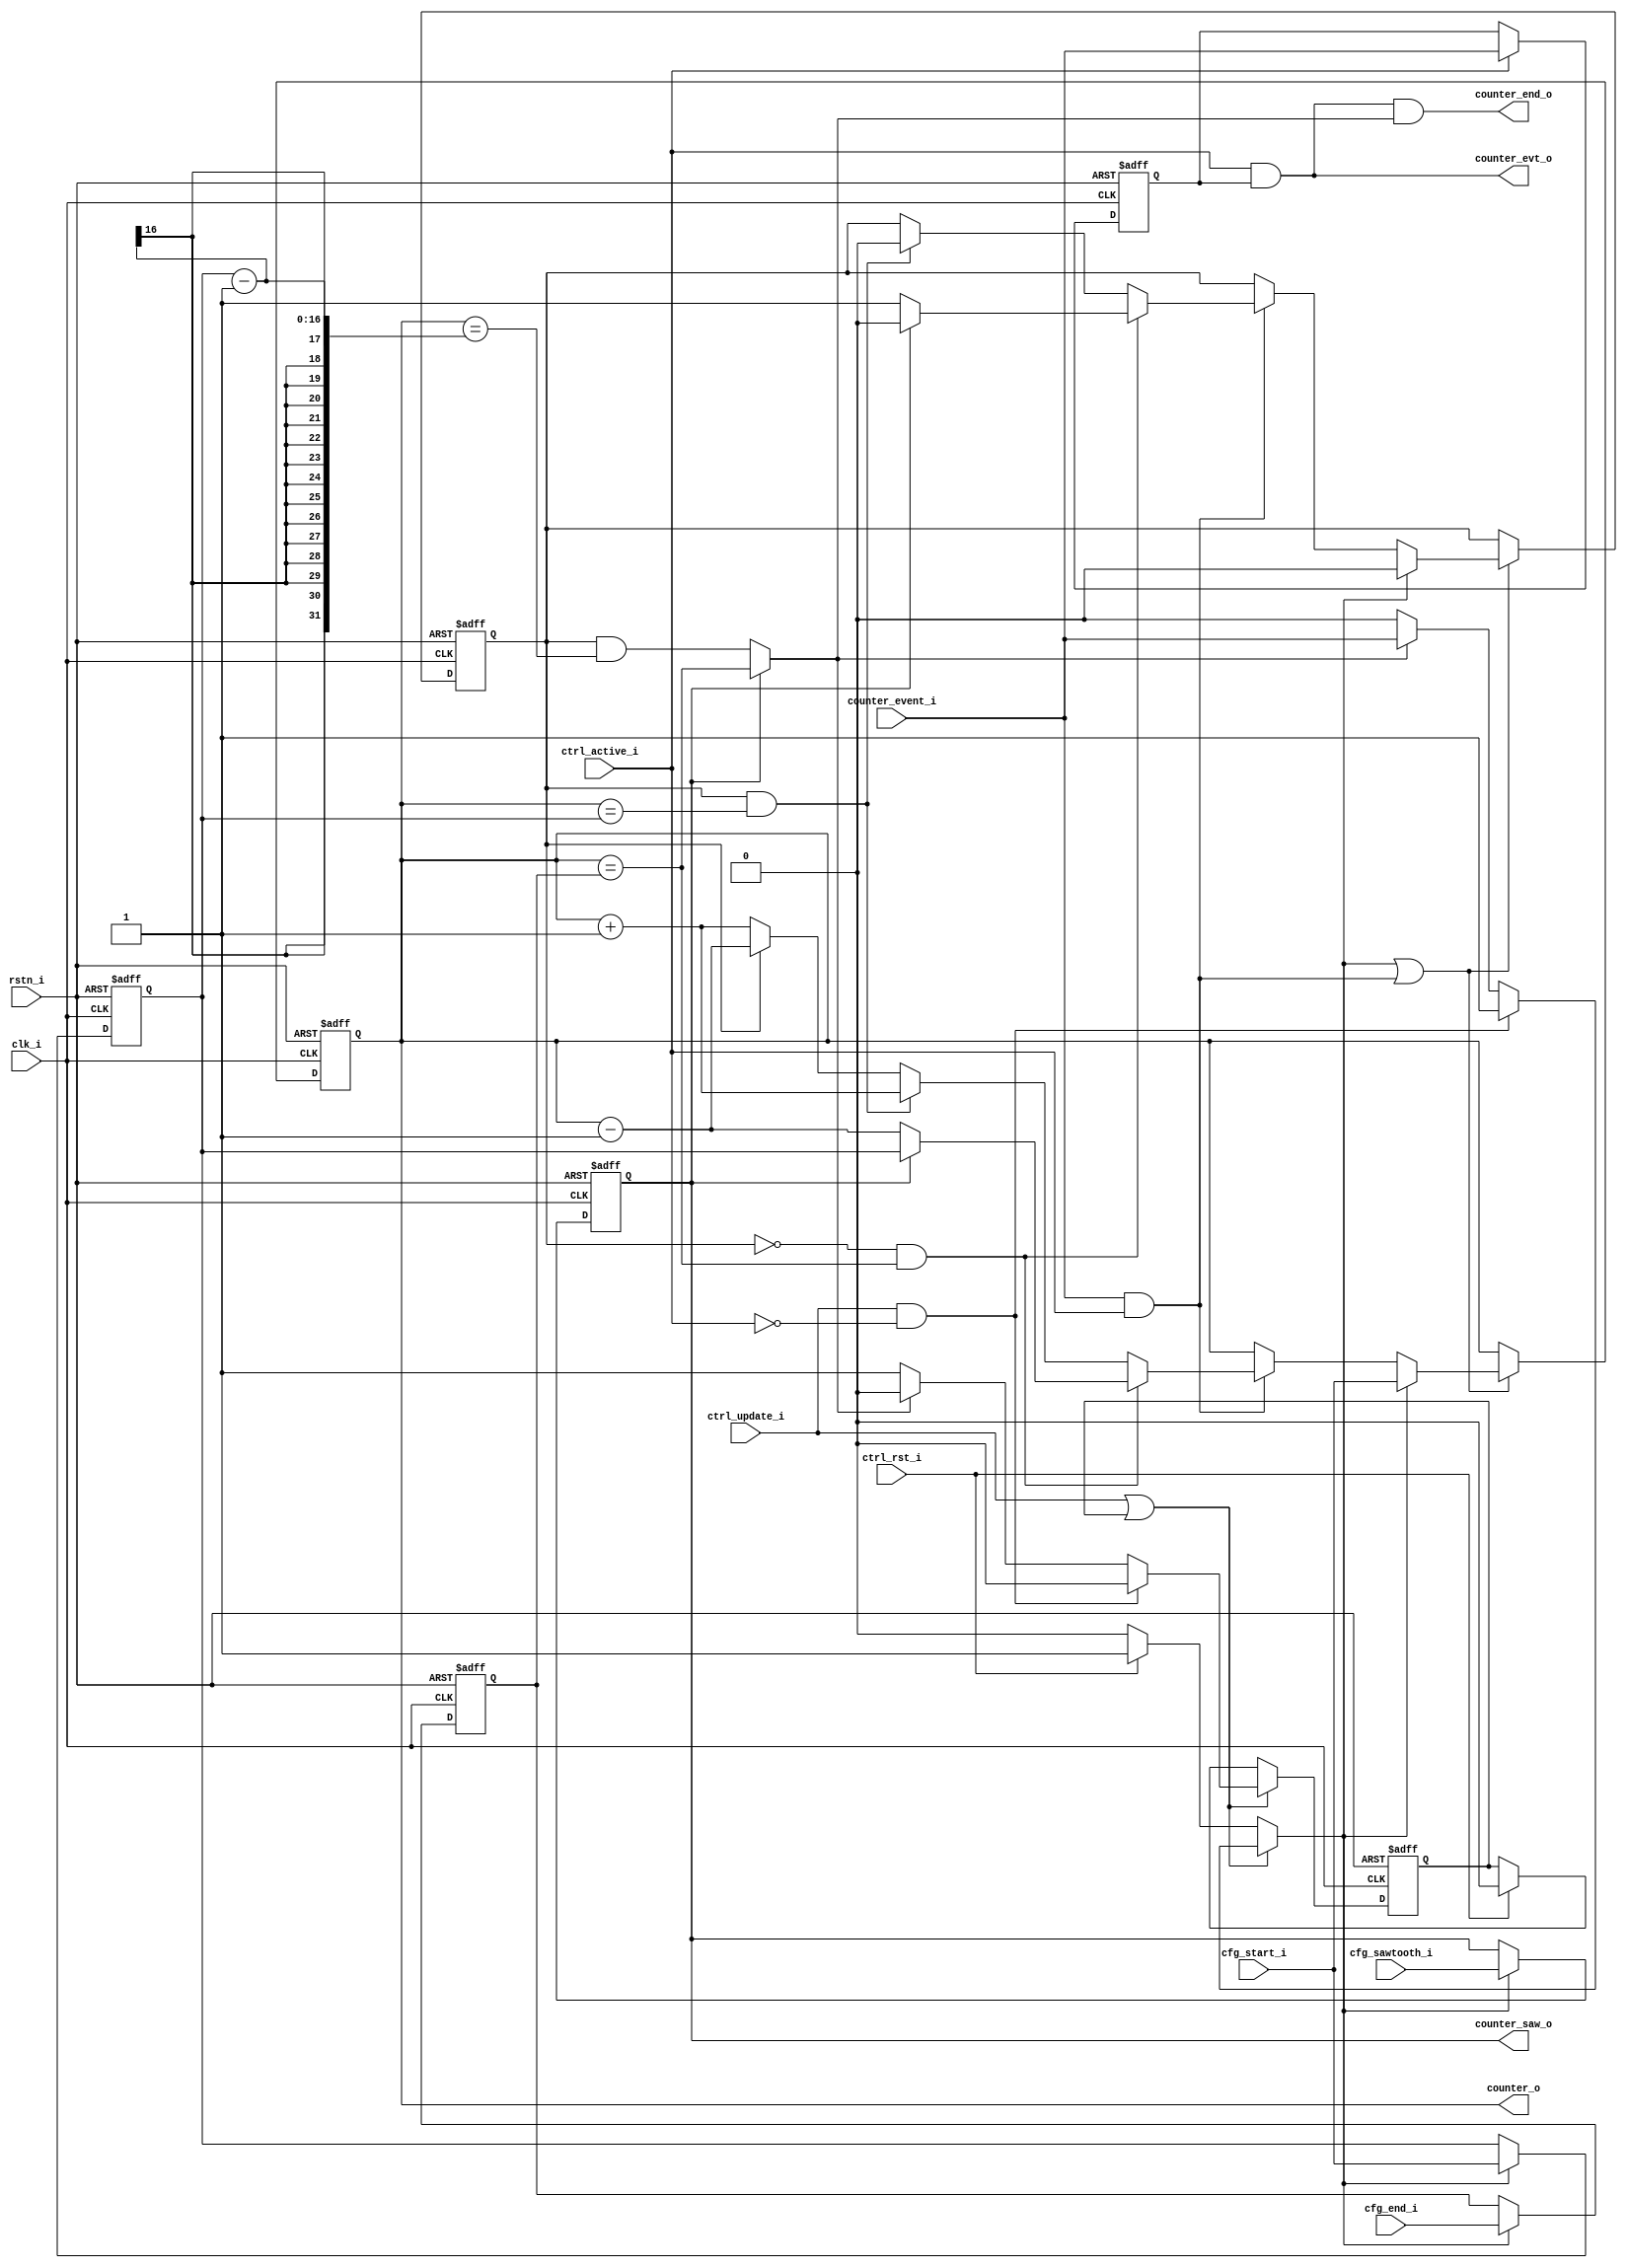
// Copyright 2018 ETH Zurich and University of Bologna.
// -- Adaptable modifications made for hbirdv2 SoC. -- 
// Copyright 2020 Nuclei System Technology, Inc.
// Copyright and related rights are licensed under the Solderpad Hardware
// License, Version 0.51 (the "License"); you may not use this file except in
// compliance with the License.  You may obtain a copy of the License at
// http://solderpad.org/licenses/SHL-0.51. Unless required by applicable law
// or agreed to in writing, software, hardware and materials distributed under
// this License is distributed on an "AS IS" BASIS, WITHOUT WARRANTIES OR
// CONDITIONS OF ANY KIND, either express or implied. See the License for the
// specific language governing permissions and limitations under the License.

module up_down_counter #(
    parameter NUM_BITS = 16
)
(
    input  wire                  clk_i,
    input  wire                  rstn_i,

    input  wire                  cfg_sawtooth_i,
    input  wire [NUM_BITS - 1:0] cfg_start_i,
    input  wire [NUM_BITS - 1:0] cfg_end_i,

    input  wire                  ctrl_update_i,
    input  wire                  ctrl_rst_i,
    input  wire                  ctrl_active_i,

    input  wire                  counter_event_i,

    output wire                  counter_end_o,
    output wire                  counter_saw_o,
    output wire                  counter_evt_o,
    output wire [NUM_BITS - 1:0] counter_o
);

    reg [NUM_BITS - 1:0] r_counter;
    reg [NUM_BITS - 1:0] r_start;
    reg [NUM_BITS - 1:0] r_end;

    reg [NUM_BITS - 1:0] s_counter;
    reg [NUM_BITS - 1:0] s_start;
    reg [NUM_BITS - 1:0] s_end;

    reg                  r_direction;    //0 = count up | 1 = count down
    reg                  r_sawtooth;
    reg                  r_event;

    reg                  s_direction;    //0 = count up | 1 = count down
    reg                  s_sawtooth;

    wire                 s_is_update;
    reg                  s_do_update;
    reg                  s_pending_update;
    reg                  r_pending_update;


    assign counter_o     = r_counter;
    assign counter_saw_o = r_sawtooth;
    assign counter_evt_o = ctrl_active_i & r_event;
    assign counter_end_o = (ctrl_active_i & r_event) & s_is_update;

    assign s_is_update   = r_sawtooth ? (r_counter == r_end) : (r_direction && (r_counter == (r_start - 1)));

    always @(posedge clk_i or negedge rstn_i) begin : proc_r_event
        if (~rstn_i) begin
            r_event          <= 0;
            r_pending_update <= 0;
	end else begin
            r_pending_update <= s_pending_update;
            if (ctrl_active_i)
                r_event <= counter_event_i;
        end
    end


    always @(*) begin : proc_s_do_update
        s_pending_update = r_pending_update;
        s_do_update      = 0;

        if (ctrl_update_i || r_pending_update) begin
            if (ctrl_update_i && !ctrl_active_i) begin
                s_pending_update = 0;
                s_do_update      = 1;
	    end else if (s_is_update) begin
                s_pending_update = 0;
                s_do_update      = counter_event_i;
	    end else begin
                s_pending_update = 1;
                s_do_update      = 0;
            end
	end else if (ctrl_rst_i) begin
            s_pending_update = 0;
            s_do_update      = 1;
        end
    end


    always @(*) begin : proc_s_counter
        s_counter   = r_counter;
        s_start     = r_start;
        s_sawtooth  = r_sawtooth;
        s_end       = r_end;
        s_direction = r_direction;

        if (s_do_update) begin
            s_counter   = cfg_start_i;
            s_start     = cfg_start_i;
            s_sawtooth  = cfg_sawtooth_i;
            s_end       = cfg_end_i;
            s_direction = 1'b0;
        end else if (counter_event_i && ctrl_active_i) begin
            if (!r_direction && (r_counter == r_end)) begin
                if (r_sawtooth) begin
                    s_counter   = r_start;
                    s_direction = 1'b0;
		end else begin
                    s_counter   = r_counter - 1;
                    s_direction = 1'b1;
                end
	    end else if (r_direction && (r_counter == r_start)) begin
                s_counter   = r_counter + 1;
                s_direction = 1'b0;
	    end else if (r_direction) begin
                s_counter = r_counter - 1;
	    end else begin
                s_counter = r_counter + 1;
	    end
	end
    end


    always @(posedge clk_i or negedge rstn_i) begin : proc_r_counter
        if (~rstn_i) begin
            r_counter   <= 0;
            r_start     <= 0;
            r_end       <= 0;
            r_direction <= 0;
            r_sawtooth  <= 1'b1;
	end else begin
            if (s_do_update || (counter_event_i && ctrl_active_i)) begin
                r_counter   <= s_counter;
                r_direction <= s_direction;
            end

            if (s_do_update) begin
                r_start    <= s_start;
                r_end      <= s_end;
                r_sawtooth <= s_sawtooth;
            end
        end
    end


endmodule